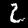
Digit: 2